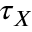
\tau _ { X }